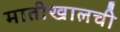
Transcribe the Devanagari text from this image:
मातीखालची